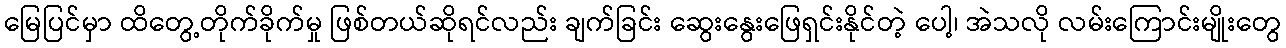
မြေပြင်မှာ ထိတွေ့တိုက်ခိုက်မှု ဖြစ်တယ်ဆိုရင်လည်း ချက်ခြင်း ဆွေးနွေးဖြေရှင်းနိုင်တဲ့ ပေါ့၊ အဲသလို လမ်းကြောင်းမျိုးတွေ